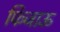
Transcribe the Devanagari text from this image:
फिजाऊ